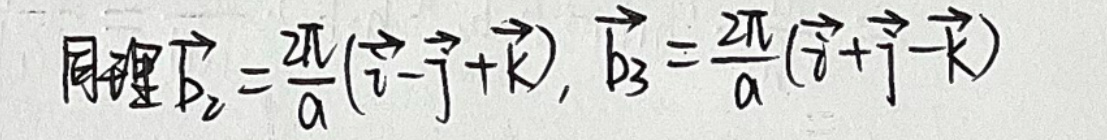
同理\(\vec{b}_{2}=\frac{2\pi}{a}(\vec{i}-\vec{j}+\vec{k})\)，\(\vec{b}_{3}=\frac{2\pi}{a}(\vec{i}+\vec{j}-\vec{k})\)